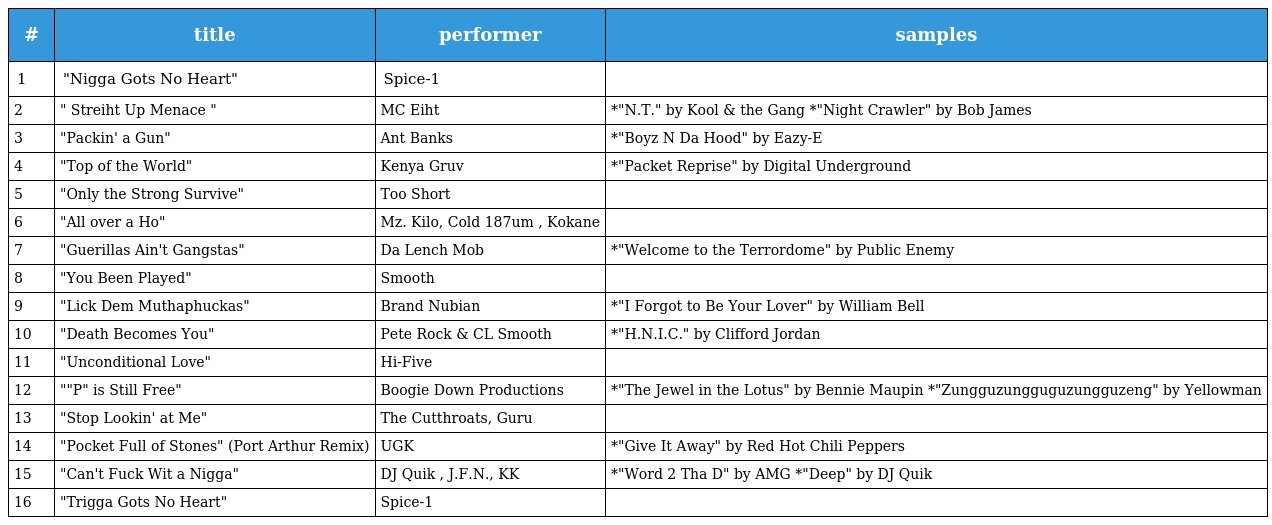
| # | title | performer | samples |
 | --- | --- | --- | --- |
 | 1 | "Nigga Gots No Heart" | Spice-1 |  |
 | 2 | " Streiht Up Menace " | MC Eiht | *"N.T." by Kool & the Gang *"Night Crawler" by Bob James |
 | 3 | "Packin' a Gun" | Ant Banks | *"Boyz N Da Hood" by Eazy-E |
 | 4 | "Top of the World" | Kenya Gruv | *"Packet Reprise" by Digital Underground |
 | 5 | "Only the Strong Survive" | Too Short |  |
 | 6 | "All over a Ho" | Mz. Kilo, Cold 187um , Kokane |  |
 | 7 | "Guerillas Ain't Gangstas" | Da Lench Mob | *"Welcome to the Terrordome" by Public Enemy |
 | 8 | "You Been Played" | Smooth |  |
 | 9 | "Lick Dem Muthaphuckas" | Brand Nubian | *"I Forgot to Be Your Lover" by William Bell |
 | 10 | "Death Becomes You" | Pete Rock & CL Smooth | *"H.N.I.C." by Clifford Jordan |
 | 11 | "Unconditional Love" | Hi-Five |  |
 | 12 | ""P" is Still Free" | Boogie Down Productions | *"The Jewel in the Lotus" by Bennie Maupin *"Zungguzungguguzungguzeng" by Yellowman |
 | 13 | "Stop Lookin' at Me" | The Cutthroats, Guru |  |
 | 14 | "Pocket Full of Stones" (Port Arthur Remix) | UGK | *"Give It Away" by Red Hot Chili Peppers |
 | 15 | "Can't Fuck Wit a Nigga" | DJ Quik , J.F.N., KK | *"Word 2 Tha D" by AMG *"Deep" by DJ Quik |
 | 16 | "Trigga Gots No Heart" | Spice-1 |  |